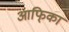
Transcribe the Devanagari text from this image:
आफि्का